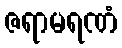
ဇရာမရဏံ